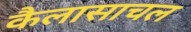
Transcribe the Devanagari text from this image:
कैलासाचल